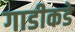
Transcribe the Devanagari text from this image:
गाडीकडे